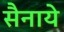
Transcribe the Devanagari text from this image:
सैनाये